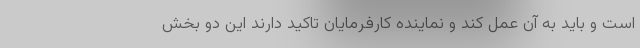
است و باید به آن عمل کند و نماینده کارفرمایان تاکید دارند این دو بخش